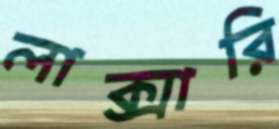
লাক্সারি